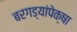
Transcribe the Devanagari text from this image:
बरगड्यांपेक्षा